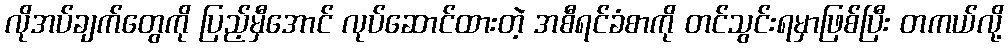
လိုအပ်ချက်တွေကို ပြည့်မှီအောင် လုပ်ဆောင်ထားတဲ့ အစီရင်ခံစာကို တင်သွင်းရမှာဖြစ်ပြီး တကယ်လို့